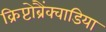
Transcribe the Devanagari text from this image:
क्रिप्टोब्रैंक्वाडिया